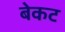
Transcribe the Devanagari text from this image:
बेकट